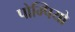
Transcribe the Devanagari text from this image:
पोम्पियो